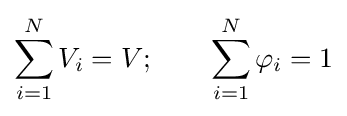
\sum _{i=1}^{N}V_{i}=V;\qquad \sum _{i=1}^{N}\varphi _{i}=1